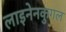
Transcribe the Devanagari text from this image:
लाइनेनकुगल